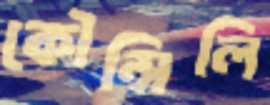
কৌন্সিলি